system: You are a helpful assistant.
user:
Analyze the provided spectrum to determine if it is a **M-type Giant (gM)**.

A M-type Giant spectrum is defined by its **strong molecular absorption** features, particularly from **Titanium Oxide (TiO)**. You must check for one of the following mutually exclusive signatures:

- **Key Visual Indicators (Absorption-Dominated Spectrum):**

    - **(Primary):** The spectrum is dominated by strong molecular absorption from **Titanium Oxide (TiO)**. This is the **defining feature** of its M-type temperature class.
        - **(Key Bandheads):** Look for sharp, "saw-tooth" absorption valleys. The strongest are located near **~7050 Å**, **~6160 Å**, and **~5170 Å**.
        - **(Line Profile):** The "saw-tooth" morphology is critical: a **sharp, steep drop on the BLUE (short-wavelength) side** of the bandhead, followed by a gradual recovery (rising flux) towards the RED (long-wavelength) side.

    - **(Key Confirmation - Giant vs. Dwarf):** **ABSENCE** of strong **Calcium Hydride (CaH)** molecular bands. This is the primary diagnostic for *excluding* M-dwarfs.
        - **(Key Region):** The spectrum should lack the strong, broad absorption band seen in dwarfs between **~6800 Å and ~7000 Å**.

    - **(Secondary Confirmation - Giant):** A very strong and broad **Neutral Calcium (Ca I)** atomic absorption line.
        - **(Key Line):** Located at **~4226 Å**. In a giant (gM), this line is significantly deeper and broader than the same line in an M-dwarf (dM) due to low surface gravity.

    - **(Overall Spectrum):**
        - The continuum is **extremely red-sloping** (i.e., flux is very low in the blue and rises dramatically towards the red).
        - The entire spectrum appears "chopped up" by the deep TiO bands.

Think first, call **spectral_visualization_tool** if needed to examine features in detail, then provide your final answer. Your response must adhere to the following strict rules:
1.  **Overall Structure:** Your response must follow the format `<think>...</think> <tool_call>...</tool_call> (if a tool is used) <answer>...</answer>`.
2.  **Tool Usage Constraint:** You may only make **one** tool call per turn.
3.  **Final Answer Format:** In the `<answer>` tag, your conclusion must be inside a `\boxed{}` command (e.g., `\boxed{YES}` or `\boxed{NO}`), followed by your justification.

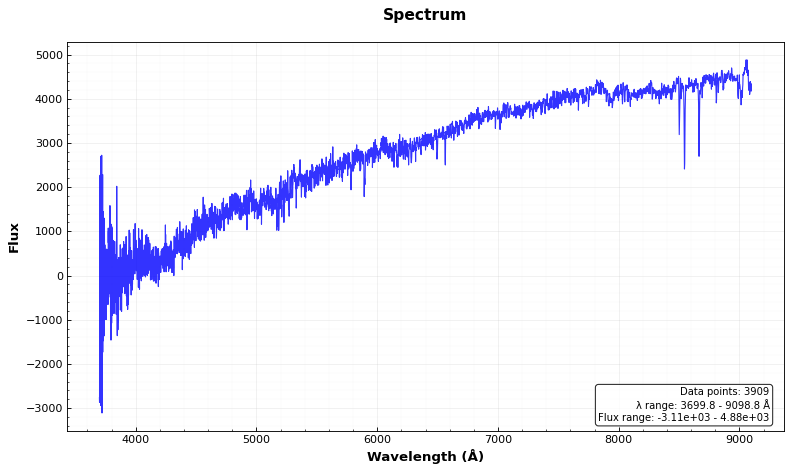
Answer: NO